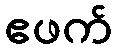
ဧဖက်